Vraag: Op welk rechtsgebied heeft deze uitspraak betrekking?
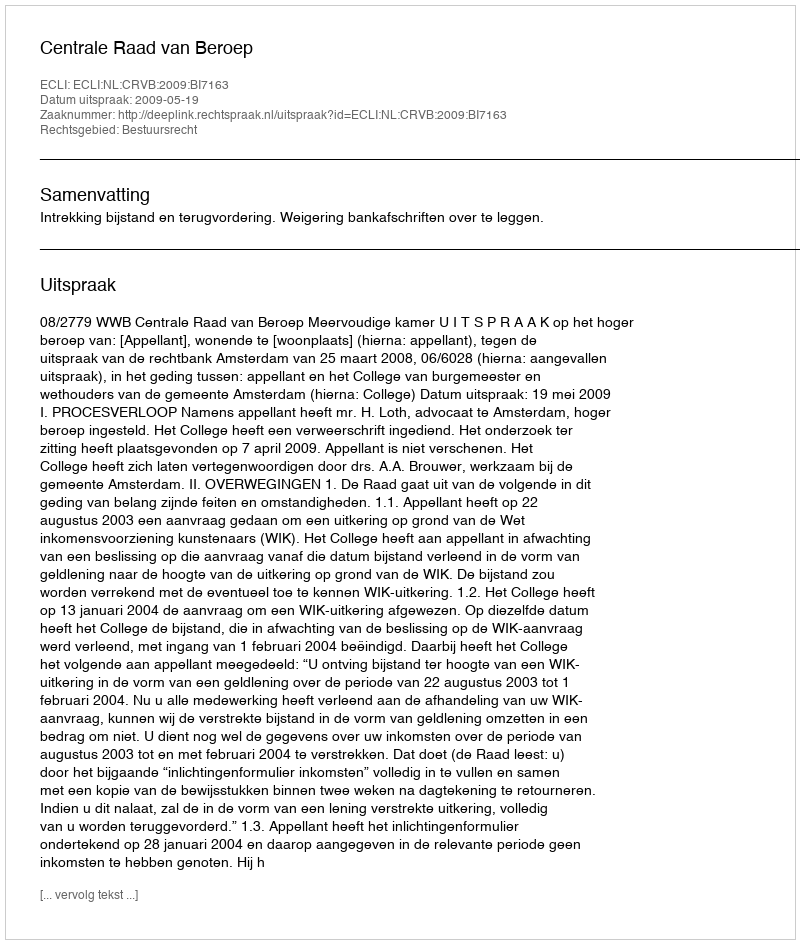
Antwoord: Bestuursrecht